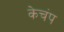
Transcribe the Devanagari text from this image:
केचंप